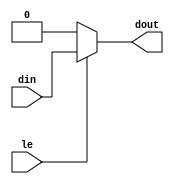
`timescale 1ns / 1ps
module latch( 
   // Outputs 
   dout, 
   // Inputs 
   din, le 
   ); 
   input din; 
   output dout; 
   input  le; // latch enable 
   reg dout; 
   always @(din or le) 
     if (le == 1'b1) 
       dout <= din;   //Use non-blocking
     else
       dout <= 0;
    
endmodule // latch